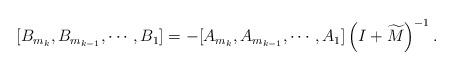
LaTeX: \begin{align*}[B_{m_k},B_{m_{k-1}},\cdots,B_1]=-[A_{m_k},A_{m_{k-1}},\cdots,A_1]\left(I+\widetilde{M}\right)^{-1}.\end{align*}